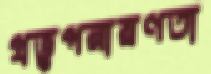
প্রভুপরায়ণতা